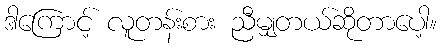
ဒါကြောင့် လူတန်းစား ညီမျှတယ်ဆိုတာပေါ့။